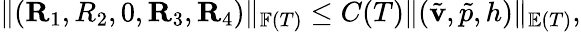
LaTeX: \| (\mathbf{R}_{1},R_{2},0,\mathbf{R}_{3},\mathbf{R}_{4})\| _{\mathbb{F}(T)}\leq C(T)\| (\tilde{\mathbf{v}},\tilde{p},h)\| _{\mathbb{E}(T)},